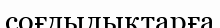
соғдылықтарға